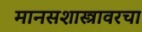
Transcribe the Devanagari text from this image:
मानसशास्त्रावरचा